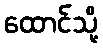
ထောင်သို့